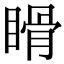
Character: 𥉄